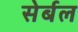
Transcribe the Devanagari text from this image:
सेर्बल